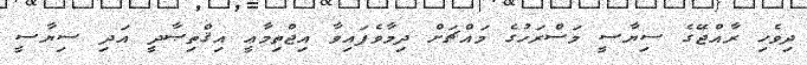
ދިވެހި ރާއްޖޭގެ ސިޔާސީ މަސްރަހުގެ މައްޗަށް ދިމާވެފައިވާ އިޖްތިމާޢީ އިޤްތިޞާދީ އަދި ސިޔާސީ